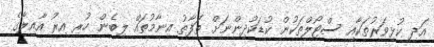
އަދި ކުޅިވަރުތަކާއި ސްޓޯލްތަކުން ކުޑަކުދިންނަށް ތަފާތު އިނާމުތައް ލިބެން ހުރި އިރު އާއިލާގެ